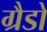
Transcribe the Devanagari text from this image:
ग्रैडो